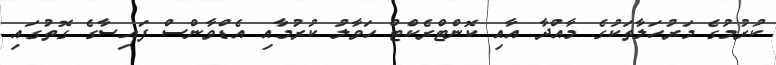
ކުރުމުގެ މަރުހަލާތަކުގެ މާއްދާ އާއި ކޮންޓްރެކްޓް ހަވާލު ކުރުމާއި އެޑްވާންސް ފައިސާގެ ގޮތުގައި